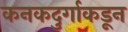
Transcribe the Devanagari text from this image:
कनकदुर्गाकडून